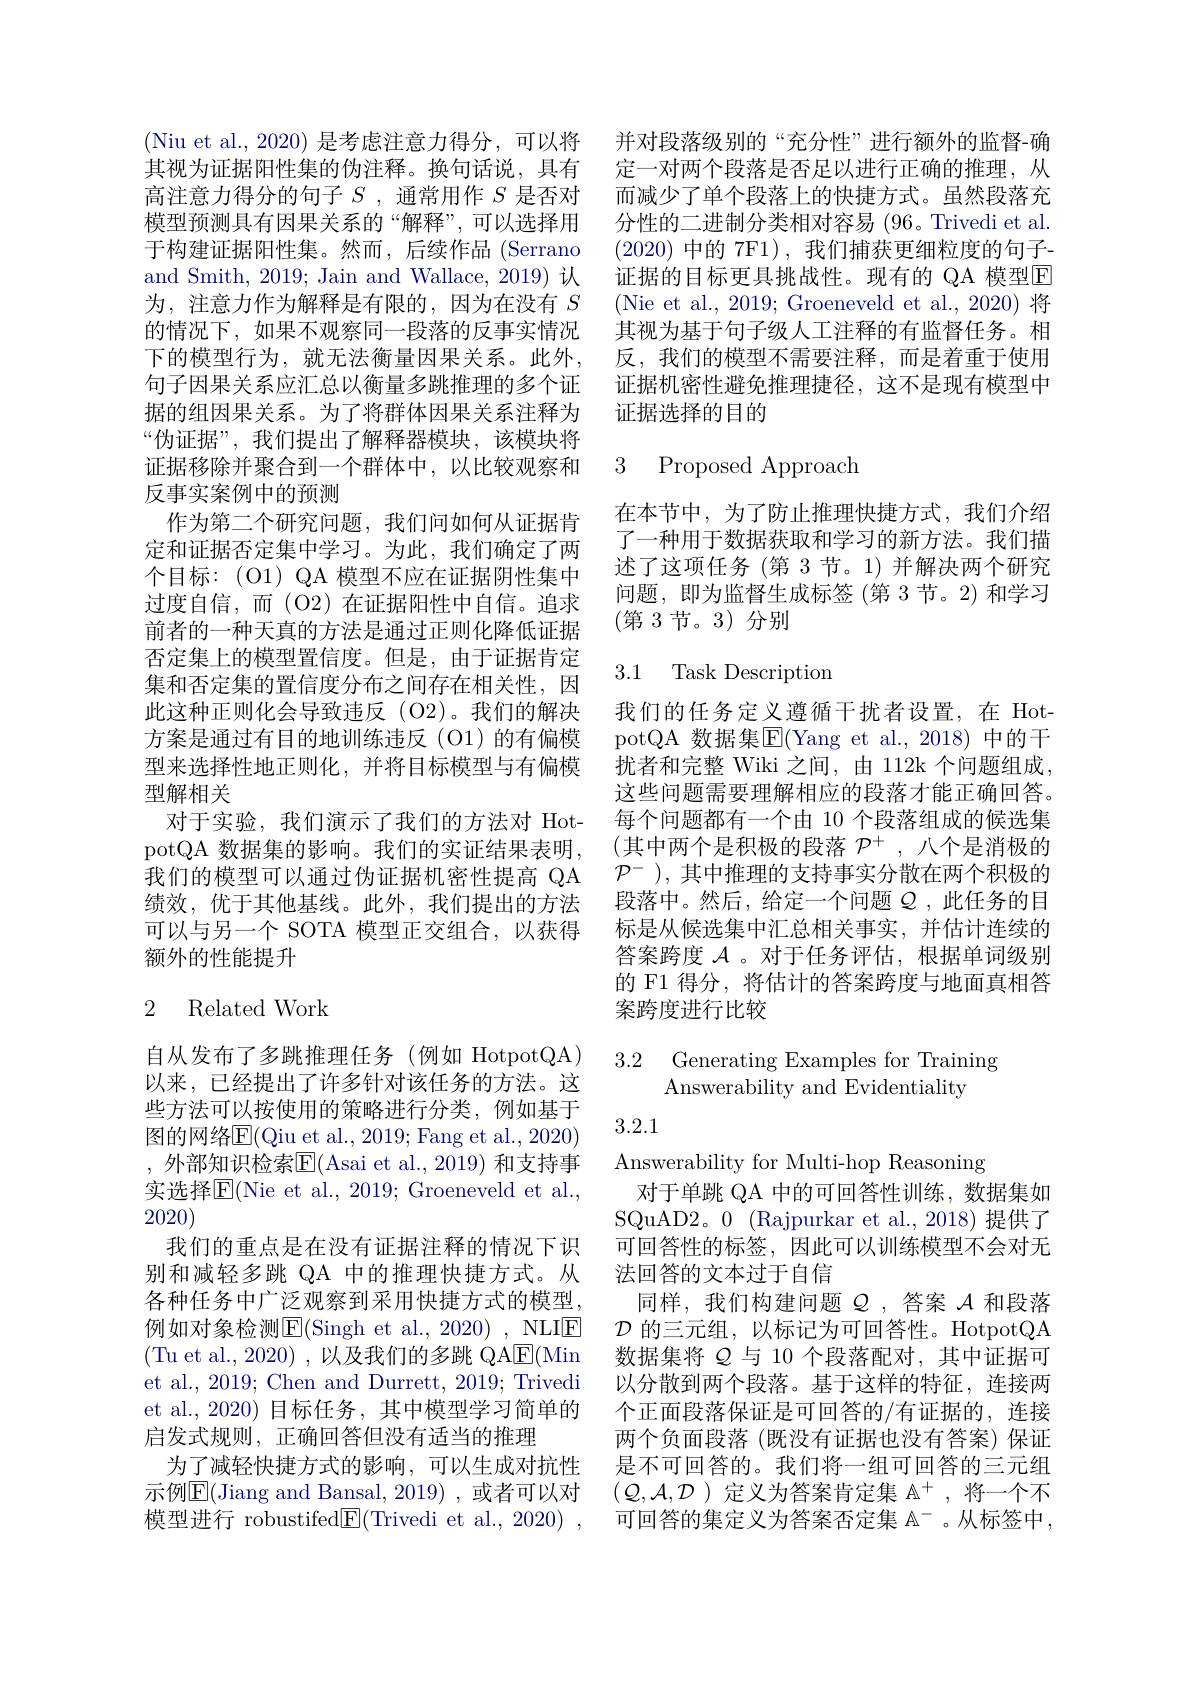
其视为证据阳性集的伪注释。换句话说，具有高注意力得分的句子$S$ ,通常用作$S$是否对模型预测具有因果关系的“解释”,可以选择用于构建证据阳性集。然而，后续作品(Serrano and Smith, 2019; Jain and Wallace, 2019) 认为，注意力作为解释是有限的，因为在没有$S$ 的情况下，如果不观察同一段落的反事实情况下的模型行为，就无法衡量因果关系。此外， 句子因果关系应汇总以衡量多跳推理的多个证据的组因果关系。为了将群体因果关系注释为“伪证据”,我们提出了解释器模块，该模块将证据移除并聚合到一个群体中，以比较观察和反事实案例中的预测
作为第二个研究问题，我们问如何从证据肯定和证据否定集中学习。为此，我们确定了两个目标：(O1)QA 模型不应在证据阴性集中过度自信，而(O2)在证据阳性中自信。追求前者的一种天真的方法是通过正则化降低证据否定集上的模型置信度。但是，由于证据肯定集和否定集的置信度分布之间存在相关性，因此这种正则化会导致违反(O2)。我们的解决方案是通过有目的地训练违反(O1)的有偏模型来选择性地正则化，并将目标模型与有偏模型解相关
对于实验，我们演示了我们的方法对 HotpotQA 数据集的影响。我们的实证结果表明， 我们的模型可以通过伪证据机密性提高 QA 绩效，优于其他基线。此外，我们提出的方法可以与另一个 SOTA 模型正交组合，以获得额外的性能提升

## 2 Related Work

自从发布了多跳推理任务(例如 HotpotQA) 以来，已经提出了许多针对该任务的方法。这些方法可以按使用的策略进行分类，例如基于图的网络$\overline{\mathrm{E}}($Qiu et al.,2019;Fang et al.,2020) , 外部知识检索$\overline{\mathrm{E}}($Asai et al.,2019) 和支持事实选择E(Nie et al., 2019; Groeneveld et al., 2020)
我们的重点是在没有证据注释的情况下识别和减轻多跳 QA 中的推理快捷方式。从各种任务中广泛观察到采用快捷方式的模型$例 如 对 象 检 测 [ LBOS]$E(Singh et al., 2020)~,~\mathrm{NLIE}$ (Tu et al., 2020) , 以及我们的多跳 QA$\underline{\mathrm{E}}($Min et al., 2019; Chen and Durrett, 2019; Trivedi et al., 2020) 目标任务，其中模型学习简单的启发式规则，正确回答但没有适当的推理
为了减轻快捷方式的影响，可以生成对抗性示例$\overline{\mathrm{E}}($Jiang and Bansal,2019),或者可以对模型进行 robustifed$\boxed{\mathrm{F}}($Trivedi et al., 2020) ,

(Niu et al., 2020) 是考虑注意力得分，可以将 并对段落级别的“充分性”进行额外的监督-确
定一对两个段落是否足以进行正确的推理，从而减少了单个段落上的快捷方式。虽然段落充分性的二进制分类相对容易(96。Trivedi et al. (2020)中的 7F1), 我们捕获更细粒度的句子证据的目标更具挑战性。现有的 QA 模型E $$($Nie et al., 2019; Groeneveld et al., 2020) 将$ 其视为基于句子级人工注释的有监督任务。相反，我们的模型不需要注释，而是着重于使用证据机密性避免推理捷径，这不是现有模型中证据选择的目的

## 3 Proposed Approach

在本节中，为了防止推理快捷方式，我们介绍了一种用于数据获取和学习的新方法。我们描述了这项任务(第 3 节。1) 并解决两个研究问题，即为监督生成标签(第 3 节。2) 和学习(第3节。3)分别

## 3.1 Task Description

我们的任务定义遵循干扰者设置，在 HotpotQA 数据集$\overline{\mathrm{E}}($Yang et al.,2018)中的干扰者和完整 Wiki 之间，由 112k 个问题组成， 这些问题需要理解相应的段落才能正确回答。每个问题都有一个由 10 个段落组成的候选集(其中两个是积极的段落 $\mathcal{P}^+$, 八个是消极的$\mathcal{P}^-$ ), 其中推理的支持事实分散在两个积极的段落中。然后，给定一个问题$\mathcal{Q}$ ,此任务的目标是从候选集中汇总相关事实，并估计连续的答案跨度$\mathcal{A}$ 。对于任务评估，根据单词级别的 F1 得分，将估计的答案跨度与地面真相答案跨度进行比较

# 3.2 Generating Examples for Training Answerability and Evidentiality

3.2.1

Answerability for Multi-hop Reasoning
对于单跳 QA 中的可回答性训练，数据集如SQuAD2。0 (Rajpurkar et al., 2018) 提供了可回答性的标签，因此可以训练模型不会对无法回答的文本过于自信
同样，我们构建问题$Q$,答案 $\mathcal{A}$ 和段落$\mathcal{D}$的三元组，以标记为可回答性。HotpotQA 数据集将$Q$与 10 个段落配对，其中证据可以分散到两个段落。基于这样的特征，连接两个正面段落保证是可回答的/有证据的，连接两个负面段落 (既没有证据也没有答案)保证是不可回答的。我们将一组可回答的三元组$(\mathcal{Q},\mathcal{A},\mathcal{D})$定义为答案肯定集$\mathbb{A}^+$,将一个不可回答的集定义为答案否定集$\mathbb{A}^-$ 。从标签中，